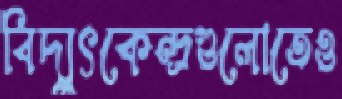
বিদ্যুৎকেন্দ্রগুলোতেও